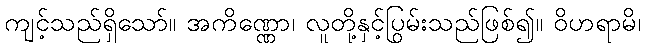
ကျင့်သည်ရှိသော်။ အကိဏ္ဏော၊ လူတို့နှင့်ပြွမ်းသည်ဖြစ်၍။ ဝိဟရာမိ၊